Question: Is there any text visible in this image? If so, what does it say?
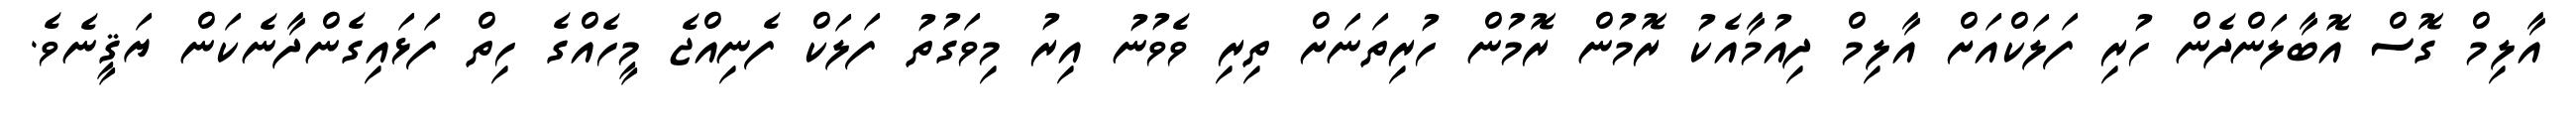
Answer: އާލިމް ގޮސް އޮބާލަންދެން ހުރި ފަލަކްއަށް އާލިމް ދިއުމާއެކު ރޮމުން ރޮމުން ހުރިތަނަށް ތިރި ވެވުނު އިރު މިވަގުތު ފަލަކް ފެނިއްޖެ މީހެއްގެ ހިތް ފަޅައިގެންދާނެކަން ޔަޤީނެވެ.